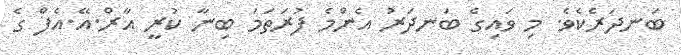
ބަނދަރެކެވެ. މި ވައިގެ ބަނދަރު އެންމެ ފުރަތަމަ ބިނާ ކުރީ އާރް.އޭ.އެފް ގެ